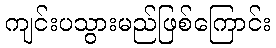
ကျင်းပသွားမည်ဖြစ်ကြောင်း